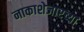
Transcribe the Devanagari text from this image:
नाकाशेजारच्या